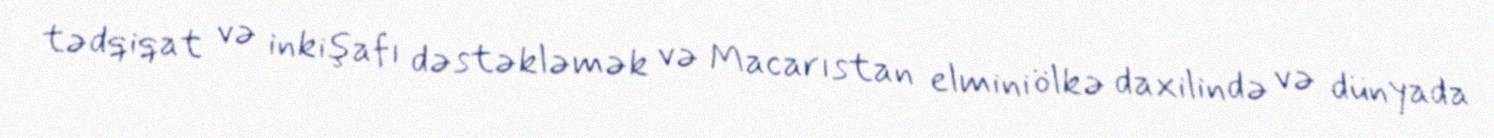
tədqiqat və inkişafı dəstəkləmək və Macarıstan elmini ölkə daxilində və dünyada